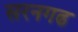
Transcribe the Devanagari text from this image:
सरनगढ